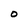
Character: O